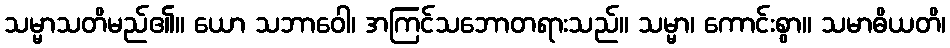
သမ္မာသတိမည်၏။ ယော သဘာဝေါ၊ အကြင်သဘောတရားသည်။ သမ္မာ၊ ကောင်းစွာ။ သမာဓိယတိ၊